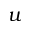
\boldsymbol { u }